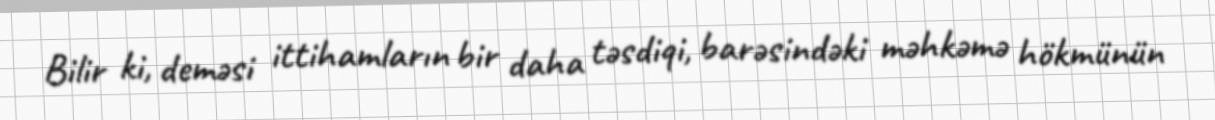
Bilir ki, deməsi ittihamların bir daha təsdiqi, barəsindəki məhkəmə hökmünün